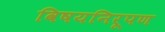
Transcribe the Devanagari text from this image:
विषयनिरूपण